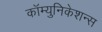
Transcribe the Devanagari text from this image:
कॉम्युनिकेशन्स